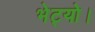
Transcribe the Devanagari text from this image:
भेट्यो।